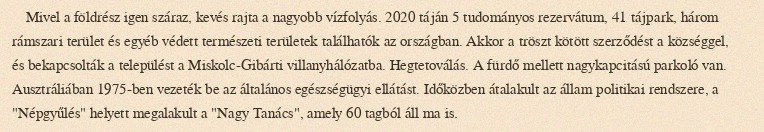
Mivel a földrész igen száraz, kevés rajta a nagyobb vízfolyás. 2020 táján 5 tudományos rezervátum, 41 tájpark, három rámszari terület és egyéb védett természeti területek találhatók az országban. Akkor a tröszt kötött szerződést a községgel, és bekapcsolták a települést a Miskolc-Gibárti villanyhálózatba. Hegtetoválás. A fürdő mellett nagykapcitású parkoló van. Ausztráliában 1975-ben vezeték be az általános egészségügyi ellátást. Időközben átalakult az állam politikai rendszere, a "Népgyűlés" helyett megalakult a "Nagy Tanács", amely 60 tagból áll ma is.